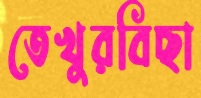
তেখুরবিছা